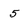
Character: 5